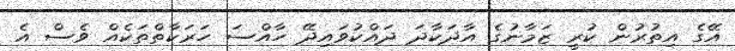
އޭގެ އިތުރުން ކުރީ ޒަމާނުގެ އާދަކާދަ ދައްކުވައިދޭ ހާއްސަ ހަރަކާތްތަކެއް ވެސް އެ